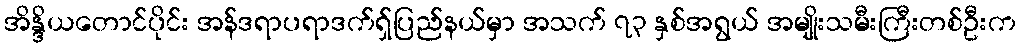
အိန္ဒိယတောင်ပိုင်း အန်ဒရာပရာဒက်ရှ်ပြည်နယ်မှာ အသက် ၇၃ နှစ်အရွယ် အမျိုးသမီးကြီးတစ်ဦးက